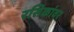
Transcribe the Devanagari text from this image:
रसिकांवर